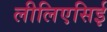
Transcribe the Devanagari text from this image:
लीलिएसिई